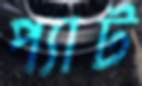
প্যাট